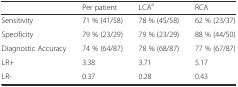
|  | Per patient | LCAa | RCA |
 | --- | --- | --- | --- |
 | Sensitivity | 71 % (41/58) | 78 % (45/58) | 62 % (23/37) |
 | Specificity | 79 % (23/29) | 79 % (23/29) | 88 % (44/50) |
 | Diagnostic Accuracy | 74 % (64/87) | 78 % (68/87) | 77 % (67/87) |
 | LR+ | 3.38 | 3.71 | 5.17 |
 | LR- | 0.37 | 0.28 | 0.43 |